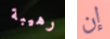
رهيبة إن